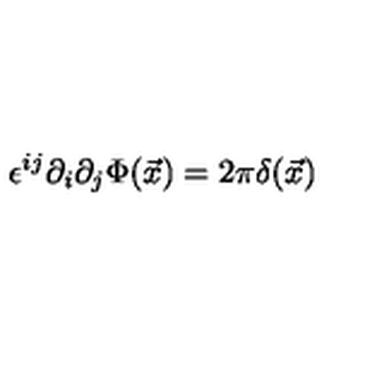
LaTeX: \epsilon ^ { i j } \partial _ { i } \partial _ { j } \Phi ( \vec { x } ) = 2 \pi \delta ( \vec { x } )